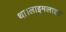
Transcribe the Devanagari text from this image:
था।लाइमलाइट